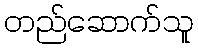
တည်ဆောက်သူ